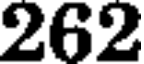
262